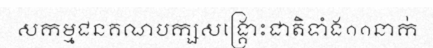
សកម្មជនគណបក្សសង្គ្រោះជាតិទាំង១១នាក់